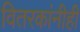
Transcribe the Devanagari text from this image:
वितरकांनीही